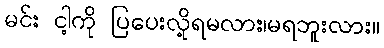
မင်း ငါ့ကို ပြပေးလို့ရမလား၊မရဘူးလား။